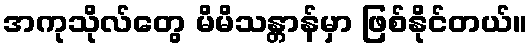
အကုသိုလ်တွေ မိမိသန္တာန်မှာ ဖြစ်နိုင်တယ်။